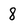
Character: 8